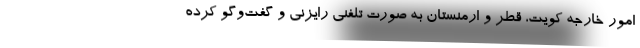
امور خارجه کویت، قطر و ارمنستان به صورت تلفنی رایزنی و گفت‌وگو کرده